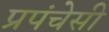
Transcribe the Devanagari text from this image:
प्रपंचेसी